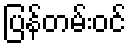
ပြန်တမ်းဝင်